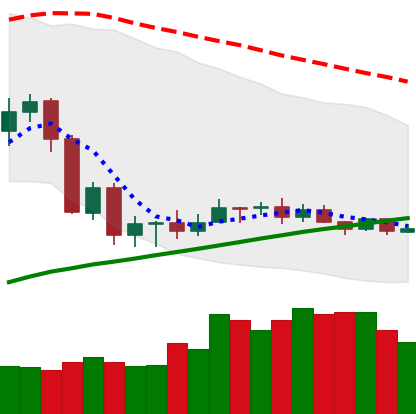
Ticker: ADA-USD
Chart end date: 2020-09-19
Forward return: -9.645%
Label: down_7plus